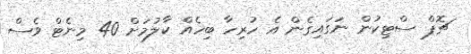
ޗޮޕް ސްޓިކުން ނަގައިގެން އެ ހުރިހާ ބިހެއް ކާލުމަށް 40 މިނެޓް ވެސް